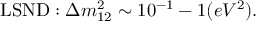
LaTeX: \mathrm { L S N D } : \Delta m _ { 1 2 } ^ { 2 } \sim 1 0 ^ { - 1 } - 1 ( e V ^ { 2 } ) .